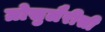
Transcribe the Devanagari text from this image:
ग्रोसुलैरीसी